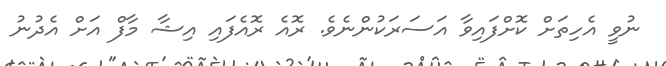
ނުވީ އެހިތަށް ކޮށްފައިވާ އަސަރަކުންނެވެ. ރޮއެ ރޮއެފައި އިޝާ މާފް އަށް އެދުނު